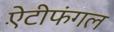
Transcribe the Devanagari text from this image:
ऐंटीफंगल